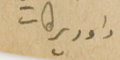
داود بركات